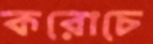
করোচে